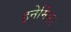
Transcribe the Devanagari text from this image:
इनेर्मिस।